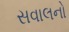
સવાલનો